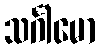
သင်္ဂါမော